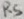
Text: R5